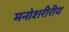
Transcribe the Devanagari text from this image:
मनोशरीरीय